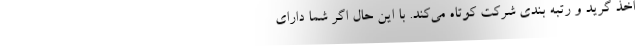
اخذ گرید و رتبه بندی شرکت کوتاه می‌کند. با این حال اگر شما دارای